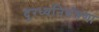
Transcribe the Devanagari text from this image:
दूरध्वनियंत्रणा